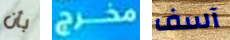
بأن مخرج آسف